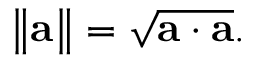
\left\| \mathbf { a } \right\| = { \sqrt { \mathbf { a } \cdot \mathbf { a } } } .